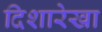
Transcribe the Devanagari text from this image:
दिशारेखा